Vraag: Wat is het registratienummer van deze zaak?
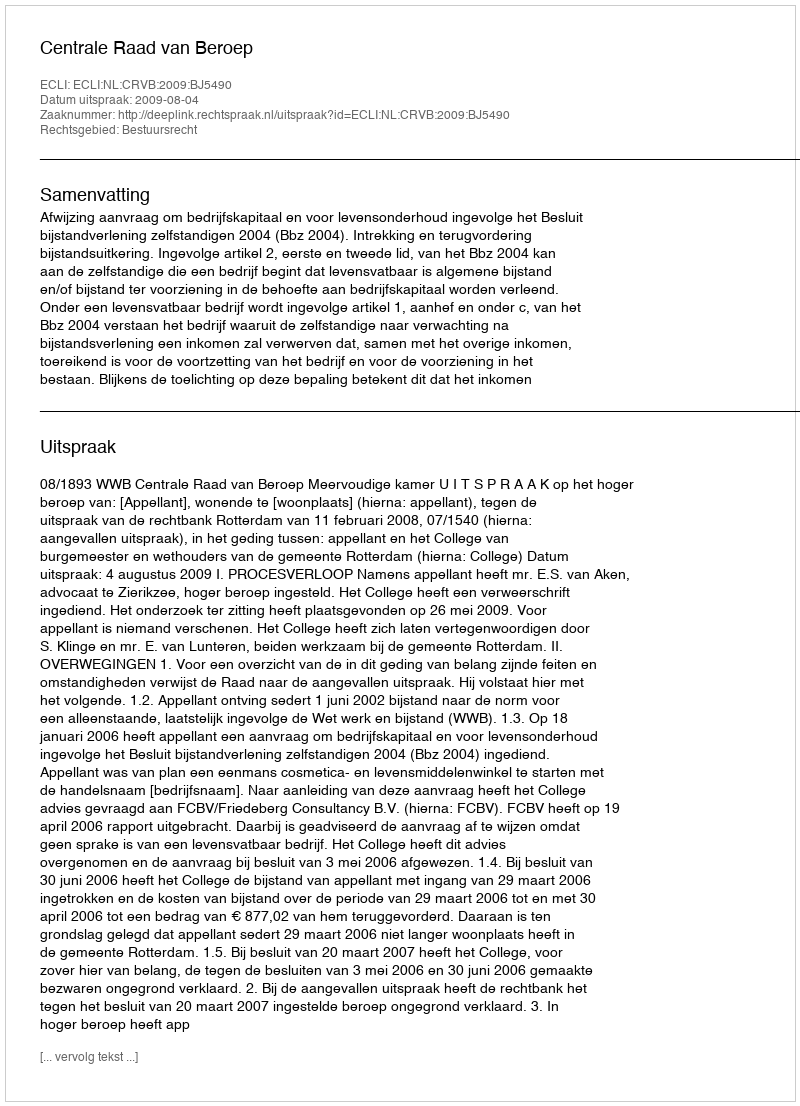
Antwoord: http://deeplink.rechtspraak.nl/uitspraak?id=ECLI:NL:CRVB:2009:BJ5490